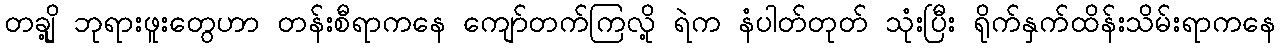
တချို့ ဘုရားဖူးတွေဟာ တန်းစီရာကနေ ကျော်တက်ကြလို့ ရဲက နံပါတ်တုတ် သုံးပြီး ရိုက်နှက်ထိန်းသိမ်းရာကနေ